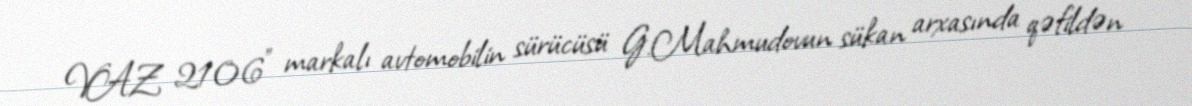
VAZ 2106" markalı avtomobilin sürücüsü G.Mahmudovun sükan arxasında qəfildən